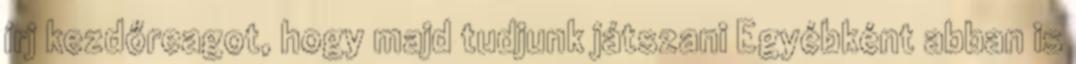
írj kezdőreagot, hogy majd tudjunk játszani Egyébként abban is